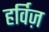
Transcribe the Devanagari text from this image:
हर्विज़